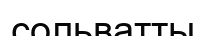
сольватты